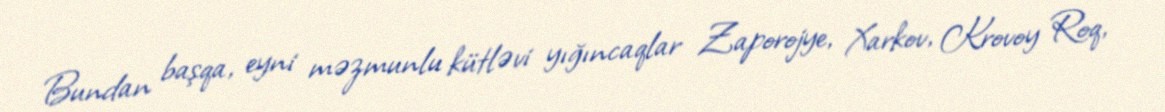
Bundan başqa, eyni məzmunlu kütləvi yığıncaqlar Zaporojye, Xarkov, Krovoy Roq,